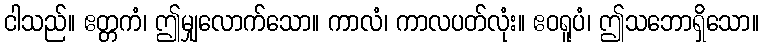
ငါသည်။ ဧတ္တကံ၊ ဤမျှလောက်သော။ ကာလံ၊ ကာလပတ်လုံး။ ဧဝရူပံ၊ ဤသဘောရှိသော။